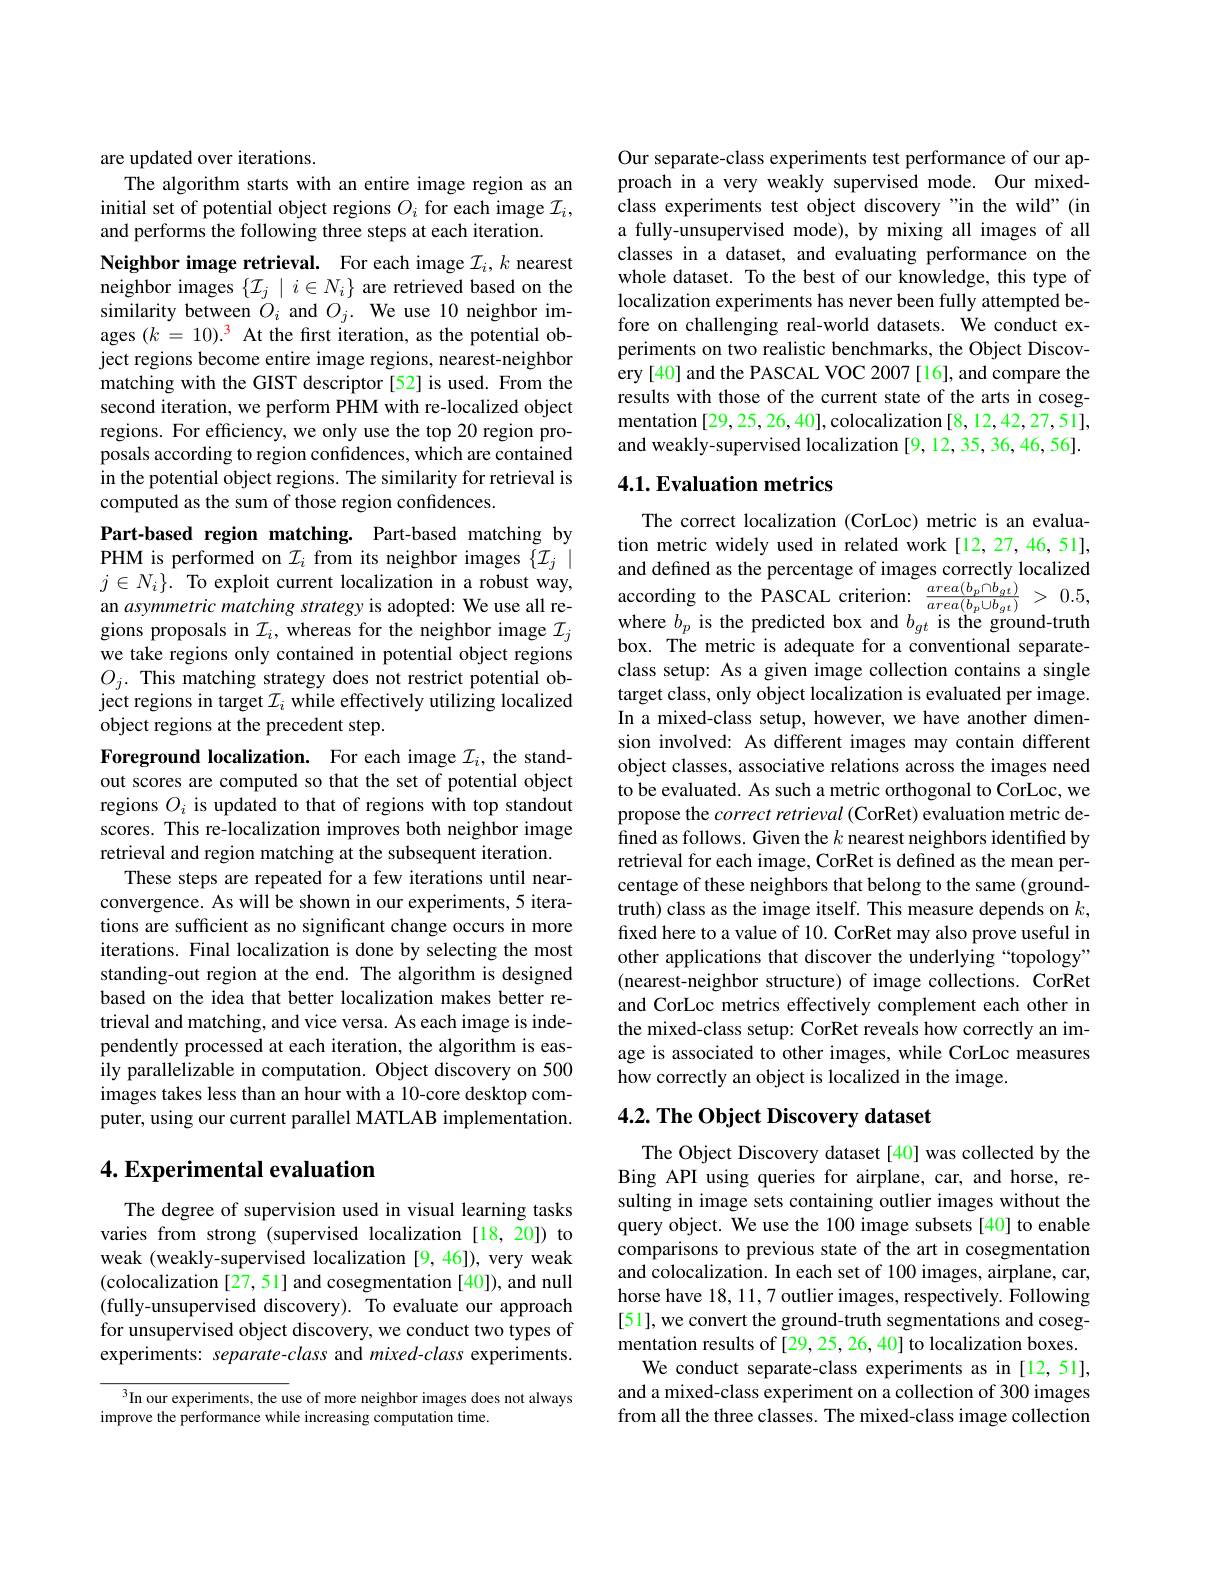
are updated over iterations.
The algorithm starts with an entire image region as an initial set of potential object regions $O_i$ for each image $\mathcal{I}_i$, and performs the following three steps at each iteration.

Neighbor image retrieval. For each image $\mathcal{I}_i,k$ nearest neighbor images $\{\mathcal{I}_j\mid i\in N_i\}$ are retrieved based on the similarity between $\dot{O} _{i}$ and $O_{j}.$ We use 10 neighbor im- ages $( k$ = $10) . ^{3}$ At the first iteration, as the potential object regions become entire image regions, nearest-neighbor matching with the GIST descriptor [52] is used. From the second iteration, we perform PHM with re-localized object regions. For efficiency, we only use the top 20 region proposals according to region confidences, which are contained in the potential object regions. The similarity for retrieval is computed as the sum of those region confidences.

Part-based region matching. Part-based matching by PHM is performed on $\mathcal{I}_i$ from its neighbor images $\{\mathcal{I}_j\mid$ $j\in N_i\}.$ To exploit current localization in a robust way, an asymmetric matching strategy is adopted: We use all regions proposals in $\mathcal{I}_i$, whereas for the neighbor image $\mathcal{I}_j$ we take regions only contained in potential object regions $O_{j}.$ This matching strategy does not restrict potential object regions in target $\mathcal{I}_i$ while effectively utilizing localized object regions at the precedent step.

Foreground localization. For each image $\mathcal{I}_i$, the standout scores are computed so that the set of potential object regions $O_i$ is updated to that of regions with top standout scores. This re-localization improves both neighbor image retrieval and region matching at the subsequent iteration.
These steps are repeated for a few iterations until nearconvergence. As will be shown in our experiments, 5 iterations are sufficient as no significant change occurs in more iterations. Final localization is done by selecting the most standing-out region at the end. The algorithm is designed based on the idea that better localization makes better retrieval and matching, and vice versa. As each image is independently processed at each iteration, the algorithm is easily parallelizable in computation. Object discovery on 500 images takes less than an hour with a 10-core desktop computer, using our current parallel MATLAB implementation.

## 4. Experimental evaluation

The degree of supervision used in visual learning tasks varies from strong (supervised localization [18,20]) to weak (weakly-supervised localization [9,46]), very weak (colocalization[27,51] and cosegmentation [40]), and null (fully-unsupervised discovery). To evaluate our approach for unsupervised object discovery, we conduct two types of experiments: separate-class and mixed-class experiments.

$^3$In our experiments, the use of more neighbor images does not always
improve the performance while increasing computation time.

Our separate-class experiments test performance of our approach in a very weakly supervised mode. Our mixedclass experiments test object discovery"in the wild"(in a fully-unsupervised mode), by mixing all images of all classes in a dataset, and evaluating performance on the whole dataset. To the best of our knowledge, this type of localization experiments has never been fully attempted before on challenging real-world datasets. We conduct experiments on two realistic benchmarks, the Object Discovery [40] and the PASCAL VOC 2007 [16], and compare the results with those of the current state of the arts in cosegmentation [29, 25, 26, 40], colocalization [8, 12, 42, 27, 5 1], and weakly-supervised localization [9, 12, 35, 36, 46, 56].

## 4.1. Evaluation metrics

The correct localization (CorLoc) metric is an evaluation metric widely used in related work[12,27,46,51], and defined as the percentage of images correctly localized according to the PASCAL criterion: $\frac {area( b_p\cap b_{gt}) }{area( b_p\cup b_{gt}) }$ > 0.5, where $b_{p}$ is the predicted box and $b_{gt}$ is the ground-truth box. The metric is adequate for a conventional separateclass setup: As a given image collection contains a single target class, only object localization is evaluated per image. In a mixed-class setup, however, we have another dimension involved: As different images may contain different object classes, associative relations across the images need to be evaluated. As such a metric orthogonal to CorLoc, we propose the correct retrieval (CorRet) evaluation metric defined as follows. Given the $k$ nearest neighbors identified by retrieval for each image, CorRet is defined as the mean percentage of these neighbors that belong to the same (groundtruth) class as the image itself. This measure depends on $k$, fixed here to a value of 10. CorRet may also prove useful in other applications that discover the underlying “topology” (nearest-neighbor structure) of image collections. CorRet and CorLoc metrics effectively complement each other in the mixed-class setup: CorRet reveals how correctly an image is associated to other images, while CorLoc measures how correctly an object is localized in the image.

## 4.2. The Object Discovery dataset

The Object Discovery dataset[40] was collected by the Bing API using queries for airplane, car, and horse, resulting in image sets containing outlier images without the query object. We use the 100 image subsets[40] to enable comparisons to previous state of the art in cosegmentation and colocalization. In each set of 100 images, airplane, car, horse have 18, 11, 7 outlier images, respectively. Following [51], we convert the ground-truth segmentations and cosegmentation results of [29, 25, 26, 40] to localization boxes.
We conduct separate-class experiments as in [12,51], and a mixed-class experiment on a collection of 300 images from all the three classes. The mixed-class image collection